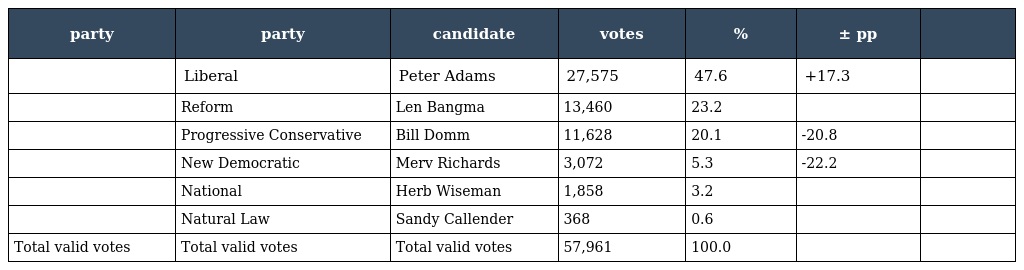
| party | party | candidate | votes | % | ± pp |  |
 | --- | --- | --- | --- | --- | --- | --- |
 |  | Liberal | Peter Adams | 27,575 | 47.6 | +17.3 |  |
 |  | Reform | Len Bangma | 13,460 | 23.2 |  |  |
 |  | Progressive Conservative | Bill Domm | 11,628 | 20.1 | -20.8 |  |
 |  | New Democratic | Merv Richards | 3,072 | 5.3 | -22.2 |  |
 |  | National | Herb Wiseman | 1,858 | 3.2 |  |  |
 |  | Natural Law | Sandy Callender | 368 | 0.6 |  |  |
 | Total valid votes | Total valid votes | Total valid votes | 57,961 | 100.0 |  |  |